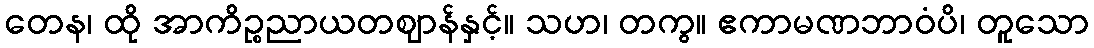
တေန၊ ထို အာကိဉ္စညာယတဈာန်နှင့်။ သဟ၊ တကွ။ ဧကာမဏဘာဝံပိ၊ တူသော